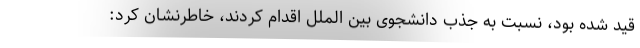
قید شده بود، نسبت به جذب دانشجوی بین الملل اقدام کردند، خاطرنشان کرد: